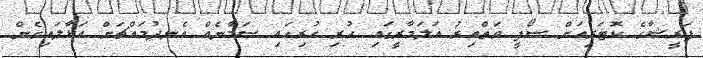
ފަރީޝާގެ ކޮޓަރިއަށް ސޯފީ ވަތްއިރު އަލަމާރީގައި ހުރި ހުރިހައި ސަމާނެއް އެނދުމައްޗަށް އަޅާލައިގެން